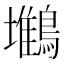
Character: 𪅧